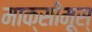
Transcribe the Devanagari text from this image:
माक्सीमूस्